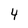
Character: 4